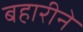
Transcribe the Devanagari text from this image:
बहारीने